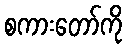
စကားတော်ကို